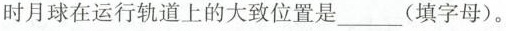
时月球在运行轨道上的大致位置是___(填字母)。